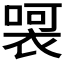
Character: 𭊀